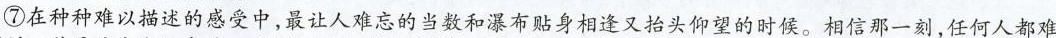
⑦在种种难以描述的感受中，最让人难忘的当数和瀑布贴身相逢又抬头仰望的时候。相信那一刻，任何人都难